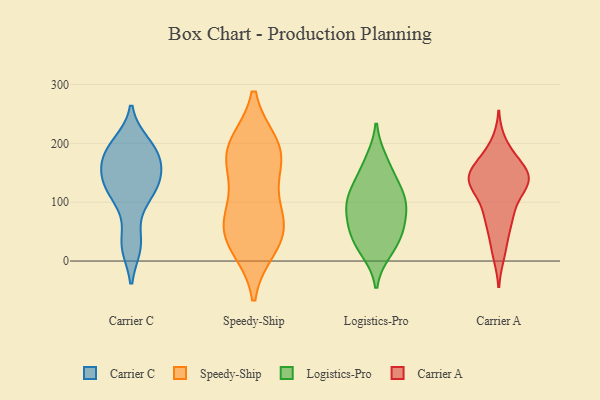
{"axis": {"x": "Bounce Rate (%)", "y": "Value"}, "legend": ["Carrier A", "Carrier C", "Logistics-Pro", "Speedy-Ship"], "data": [{"x": "", "y": 120, "type": "Carrier C"}, {"x": "", "y": 125, "type": "Carrier C"}, {"x": "", "y": 184, "type": "Carrier C"}, {"x": "", "y": 138, "type": "Carrier C"}, {"x": "", "y": 169, "type": "Carrier C"}, {"x": "", "y": 200, "type": "Carrier C"}, {"x": "", "y": 143, "type": "Carrier C"}, {"x": "", "y": 99, "type": "Carrier C"}, {"x": "", "y": 29, "type": "Carrier C"}, {"x": "", "y": 194, "type": "Carrier C"}, {"x": "", "y": 26, "type": "Carrier C"}, {"x": "", "y": 167, "type": "Carrier C"}, {"x": "", "y": 196, "type": "Speedy-Ship"}, {"x": "", "y": 58, "type": "Speedy-Ship"}, {"x": "", "y": 52, "type": "Speedy-Ship"}, {"x": "", "y": 24, "type": "Speedy-Ship"}, {"x": "", "y": 74, "type": "Speedy-Ship"}, {"x": "", "y": 30, "type": "Speedy-Ship"}, {"x": "", "y": 151, "type": "Speedy-Ship"}, {"x": "", "y": 94, "type": "Speedy-Ship"}, {"x": "", "y": 197, "type": "Speedy-Ship"}, {"x": "", "y": 174, "type": "Speedy-Ship"}, {"x": "", "y": 187, "type": "Speedy-Ship"}, {"x": "", "y": 16, "type": "Logistics-Pro"}, {"x": "", "y": 109, "type": "Logistics-Pro"}, {"x": "", "y": 31, "type": "Logistics-Pro"}, {"x": "", "y": 142, "type": "Logistics-Pro"}, {"x": "", "y": 92, "type": "Logistics-Pro"}, {"x": "", "y": 116, "type": "Logistics-Pro"}, {"x": "", "y": 57, "type": "Logistics-Pro"}, {"x": "", "y": 54, "type": "Logistics-Pro"}, {"x": "", "y": 172, "type": "Logistics-Pro"}, {"x": "", "y": 87, "type": "Logistics-Pro"}, {"x": "", "y": 132, "type": "Carrier A"}, {"x": "", "y": 144, "type": "Carrier A"}, {"x": "", "y": 84, "type": "Carrier A"}, {"x": "", "y": 143, "type": "Carrier A"}, {"x": "", "y": 181, "type": "Carrier A"}, {"x": "", "y": 140, "type": "Carrier A"}, {"x": "", "y": 198, "type": "Carrier A"}, {"x": "", "y": 120, "type": "Carrier A"}, {"x": "", "y": 165, "type": "Carrier A"}, {"x": "", "y": 128, "type": "Carrier A"}, {"x": "", "y": 139, "type": "Carrier A"}, {"x": "", "y": 13, "type": "Carrier A"}, {"x": "", "y": 139, "type": "Carrier A"}, {"x": "", "y": 76, "type": "Carrier A"}, {"x": "", "y": 159, "type": "Carrier A"}, {"x": "", "y": 65, "type": "Carrier A"}, {"x": "", "y": 136, "type": "Carrier A"}, {"x": "", "y": 25, "type": "Carrier A"}, {"x": "", "y": 73, "type": "Carrier A"}]}